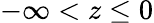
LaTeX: -\infty<z\leq 0